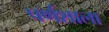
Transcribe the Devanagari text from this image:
पर्णशाला